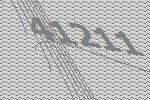
41211